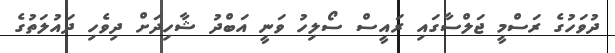
ދުވަހުގެ ރަސްމީ ޖަލްސާގައި ރައީސް ސޯލިހު ވަނީ އަބްދު ޝާހިދަށް ދިވެހި ދައުލަތުގެ